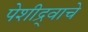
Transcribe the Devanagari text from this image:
पेशीद्र्वाचे